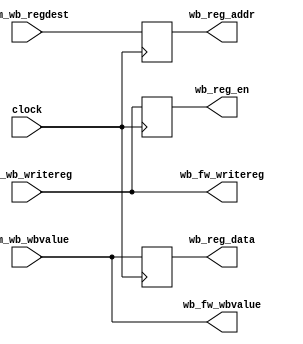
module Writeback (

	input clock ,

	// Memory
	input [4:0] mem_wb_regdest ,
	input mem_wb_writereg ,
	input [31:0] mem_wb_wbvalue ,
	
	// Registers
	output reg wb_reg_en ,
	output reg [4:0] wb_reg_addr ,
	output reg [31:0] wb_reg_data ,

	// Forwarding
	output [31:0] wb_fw_wbvalue ,
	output wb_fw_writereg
);

//fowarding
assign wb_fw_writereg = mem_wb_writereg;
assign wb_fw_wbvalue = mem_wb_wbvalue;


always@(negedge clock)
begin
	//registers
	wb_reg_en = mem_wb_writereg;
	wb_reg_addr = mem_wb_regdest;
	wb_reg_data = mem_wb_wbvalue;
end

endmodule